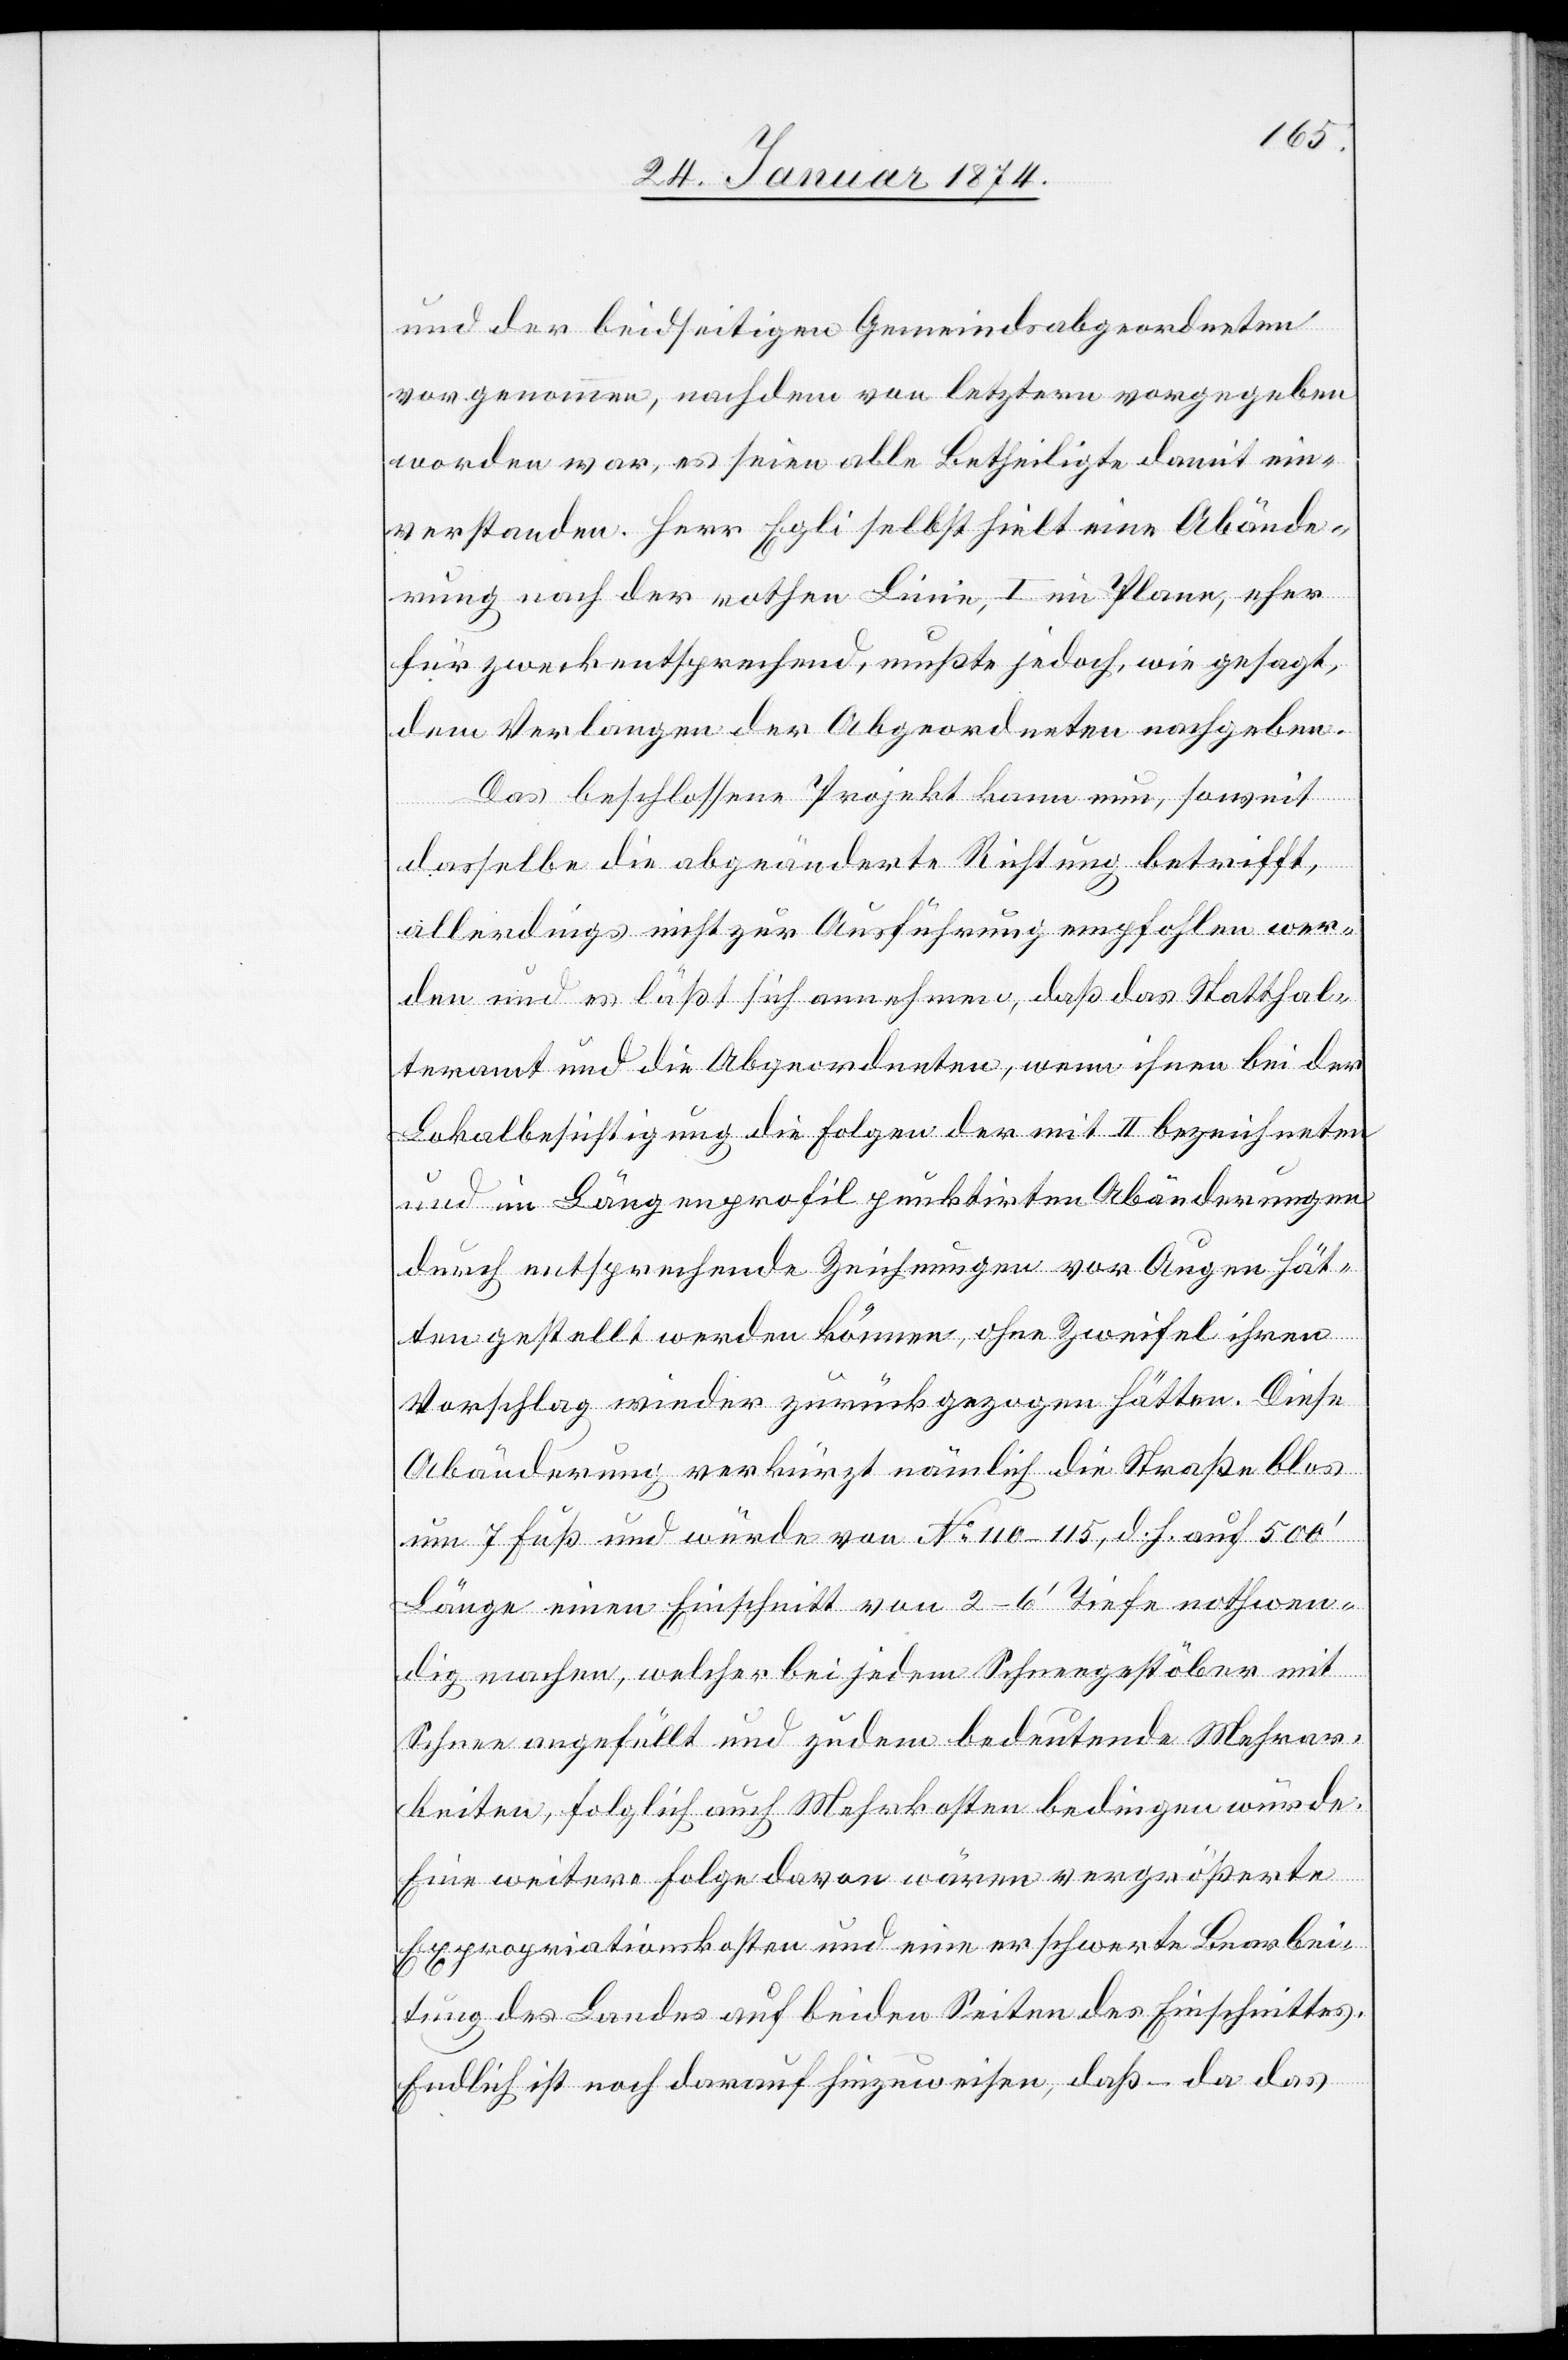
und der beidseitigen Gemeindsabgeordneten
vorgenommen, nachdem von letztern vorgegeben
worden war, es seien alle Betheiligte damit ein¬
verstanden. Herr Egli selbst hielt eine Abände¬
rung nach der rothen Linie, I im Plane, eher
für zweckentsprechend, mußte jedoch, wie gesagt,
dem Verlangen der Abgeordneten nachgeben.
Das beschlossene Projekt kann nun, soweit
dasselbe die abgeänderte Richtung betrifft,
allerdings nicht zur Ausführung empfohlen wer¬
den und es läßt sich annehmen, daß das Statthal¬
teramt und die Abgeordneten, wenn ihnen bei der
Lokalbesichtigung die Folge der mit II bezeichneten
und im Längenprofil punktirten Abänderungen
durch entsprechende Zeichnungen vor Augen hät¬
ten gestellt werden können, ohne Zweifel ihren
Vorschlag wieder zurückgezogen hätten. Diese
Abänderung verkürzt nämlich die Straße blos
um 7 Fuß und würde von No 110–115, d. h. auf 500‘
Länge einen Einschnitt von 2–6‘ Tiefe nothwen¬
dig machen, welcher bei jedem Schneegestöber mit
Schnee angefüllt und zudem bedeutende Mehrar¬
beiten, folglich auch Mehrkosten bedingen würde.
Eine weitere Folge davon wären vergrößerte
Expropriationskosten und eine erschwerte Bearbei¬
tung des Landes auf beiden Seiten des Einschnittes.
Endlich ist noch darauf hinzuweisen, daß – da das